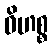
ဝိဟစ္စ